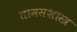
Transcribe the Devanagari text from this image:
तामसशास्त्र